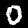
Label: 0